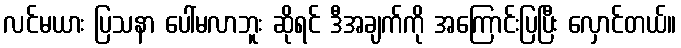
လင်မယား ပြသနာ ပေါ်မလာဘူး ဆိုရင် ဒီအချက်ကို အကြောင်းပြပြီး လှောင်တယ်။